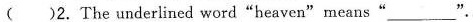
( )2. The underlined word "heaven"means"___" .